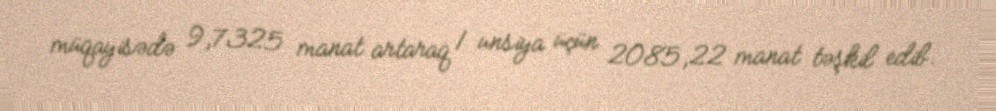
müqayisədə 9,7325 manat artaraq 1 unsiya üçün 2085,22 manat təşkil edib.